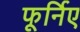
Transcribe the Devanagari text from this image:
फूर्निए